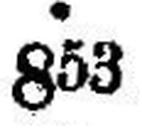
853